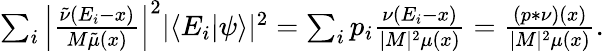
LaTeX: \begin{array}{r}{\sum_{i}\left|\frac{\tilde{\nu}(E_{i}-x)}{M\tilde{\mu}(x)}\right|^{2}|\langle E_{i}|\psi\rangle|^{2}=\sum_{i}p_{i}\frac{\nu(E_{i}-x)}{|M|^{2}\mu(x)}=\frac{(p\ast\nu)(x)}{|M|^{2}\mu(x)}.}\end{array}